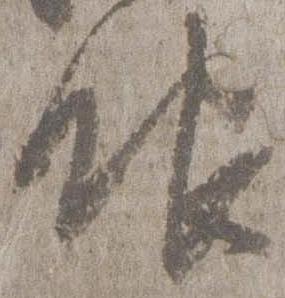
眼